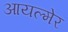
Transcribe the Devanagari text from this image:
आयल्मेर